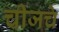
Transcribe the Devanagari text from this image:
चीजचे